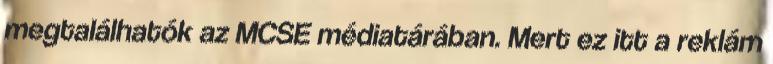
megtalálhatók az MCSE médiatárában. Mert ez itt a reklám